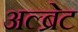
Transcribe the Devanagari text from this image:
अल्ब्रेट